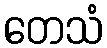
တေသံ